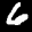
Label: 6